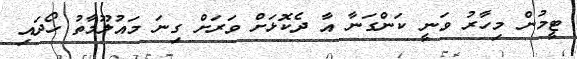
ޓީމުން މިހާރު ވަނީ ކަންގަނާ އާ ދެކޮޅަށް ވަރަށް ގިނަ މައުލޫމާތު ހޯދައި